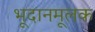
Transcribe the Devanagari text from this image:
भूदानमूलक